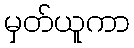
မှတ်ယူကာ